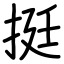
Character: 挺